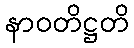
နာဝတိဋ္ဌတိ